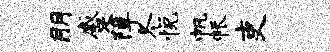
朋蹙障冬悦帆帐吏